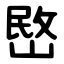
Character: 㟩